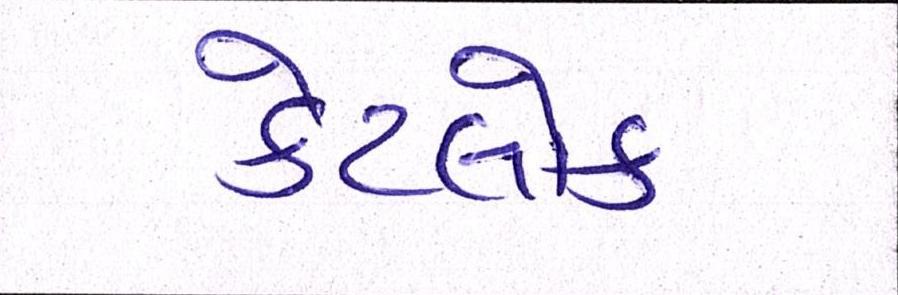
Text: કેટલોક